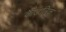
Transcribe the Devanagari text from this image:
कैडलिक